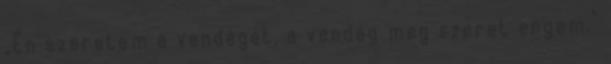
„Én szeretem a vendéget, a vendég meg szeret engem.”